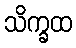
သိက္ခထ